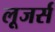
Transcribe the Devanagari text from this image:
लूजर्स